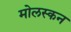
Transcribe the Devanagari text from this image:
मोलस्कन